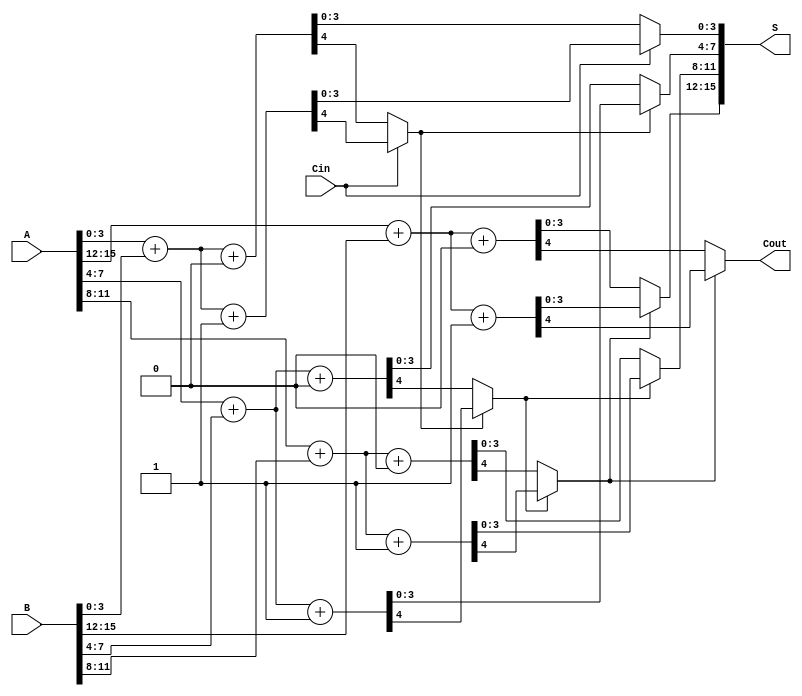
module Carry_Select_Adder #(
    parameter N = 16, // Total number of bits
    parameter K = 4   // Segment size
)(
    input  [N-1:0] A,   // First operand
    input  [N-1:0] B,   // Second operand
    input  Cin,         // Input carry
    output [N-1:0] S,   // Sum output
    output Cout         // Output carry
);
    
    localparam NUM_SEGMENTS = N / K; // Number of segments

    // Internal signals for sum and carry
    wire [K-1:0] Sum0 [0:NUM_SEGMENTS-1]; // Sums for Cin = 0
    wire [K-1:0] Sum1 [0:NUM_SEGMENTS-1]; // Sums for Cin = 1
    wire Cout0 [0:NUM_SEGMENTS-1];        // Carry out for Cin = 0
    wire Cout1 [0:NUM_SEGMENTS-1];        // Carry out for Cin = 1
    wire [NUM_SEGMENTS-1:0] Carry;        // Carry from previous segment
    
    // Generate the segments
    genvar i;
    generate
        for (i = 0; i < NUM_SEGMENTS; i = i + 1) begin : segment
            // Segment indices
            wire [K-1:0] A_seg = A[i*K +: K];
            wire [K-1:0] B_seg = B[i*K +: K];
            wire Cin_temp = (i == 0) ? Cin : Carry[i-1]; // Carry in for the segment

            // Compute sums and carry for Cin = 0
            assign {Cout0[i], Sum0[i]} = A_seg + B_seg + 1'b0;
            // Compute sums and carry for Cin = 1
            assign {Cout1[i], Sum1[i]} = A_seg + B_seg + 1'b1;
        end
    endgenerate

    // Mux to select the appropriate sum and carry for each segment
    generate
        for (i = 0; i < NUM_SEGMENTS; i = i + 1) begin : mux
            if (i == 0) begin
                assign S[i*K +: K] = (Cin) ? Sum1[i] : Sum0[i];
                assign Carry[i] = (Cin) ? Cout1[i] : Cout0[i];
            end else begin
                assign S[i*K +: K] = (Carry[i-1]) ? Sum1[i] : Sum0[i];
                assign Carry[i] = (Carry[i-1]) ? Cout1[i] : Cout0[i];
            end
        end
    endgenerate

    // Final carry out
    assign Cout = Carry[NUM_SEGMENTS-1];

endmodule